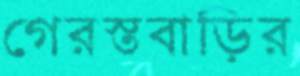
গেরস্তবাড়ির